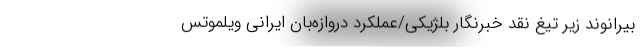
بیرانوند زیر تیغ نقد خبرنگار بلژیکی/عملکرد دروازه‌بان ایرانی ویلموتس